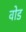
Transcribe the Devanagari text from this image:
वोड